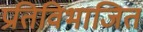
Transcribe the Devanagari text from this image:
प्रतिविभाजित